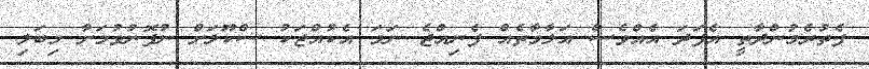
ފެތުރެމުންދާތީ އެފަދަ އެއްވެސް އަލާމާތެއް ފެނިއްޖެ ނަމަ އެކުއްޖަކު ސްކޫލަށް ނުފޮނުވުމަށާ މިބަލި